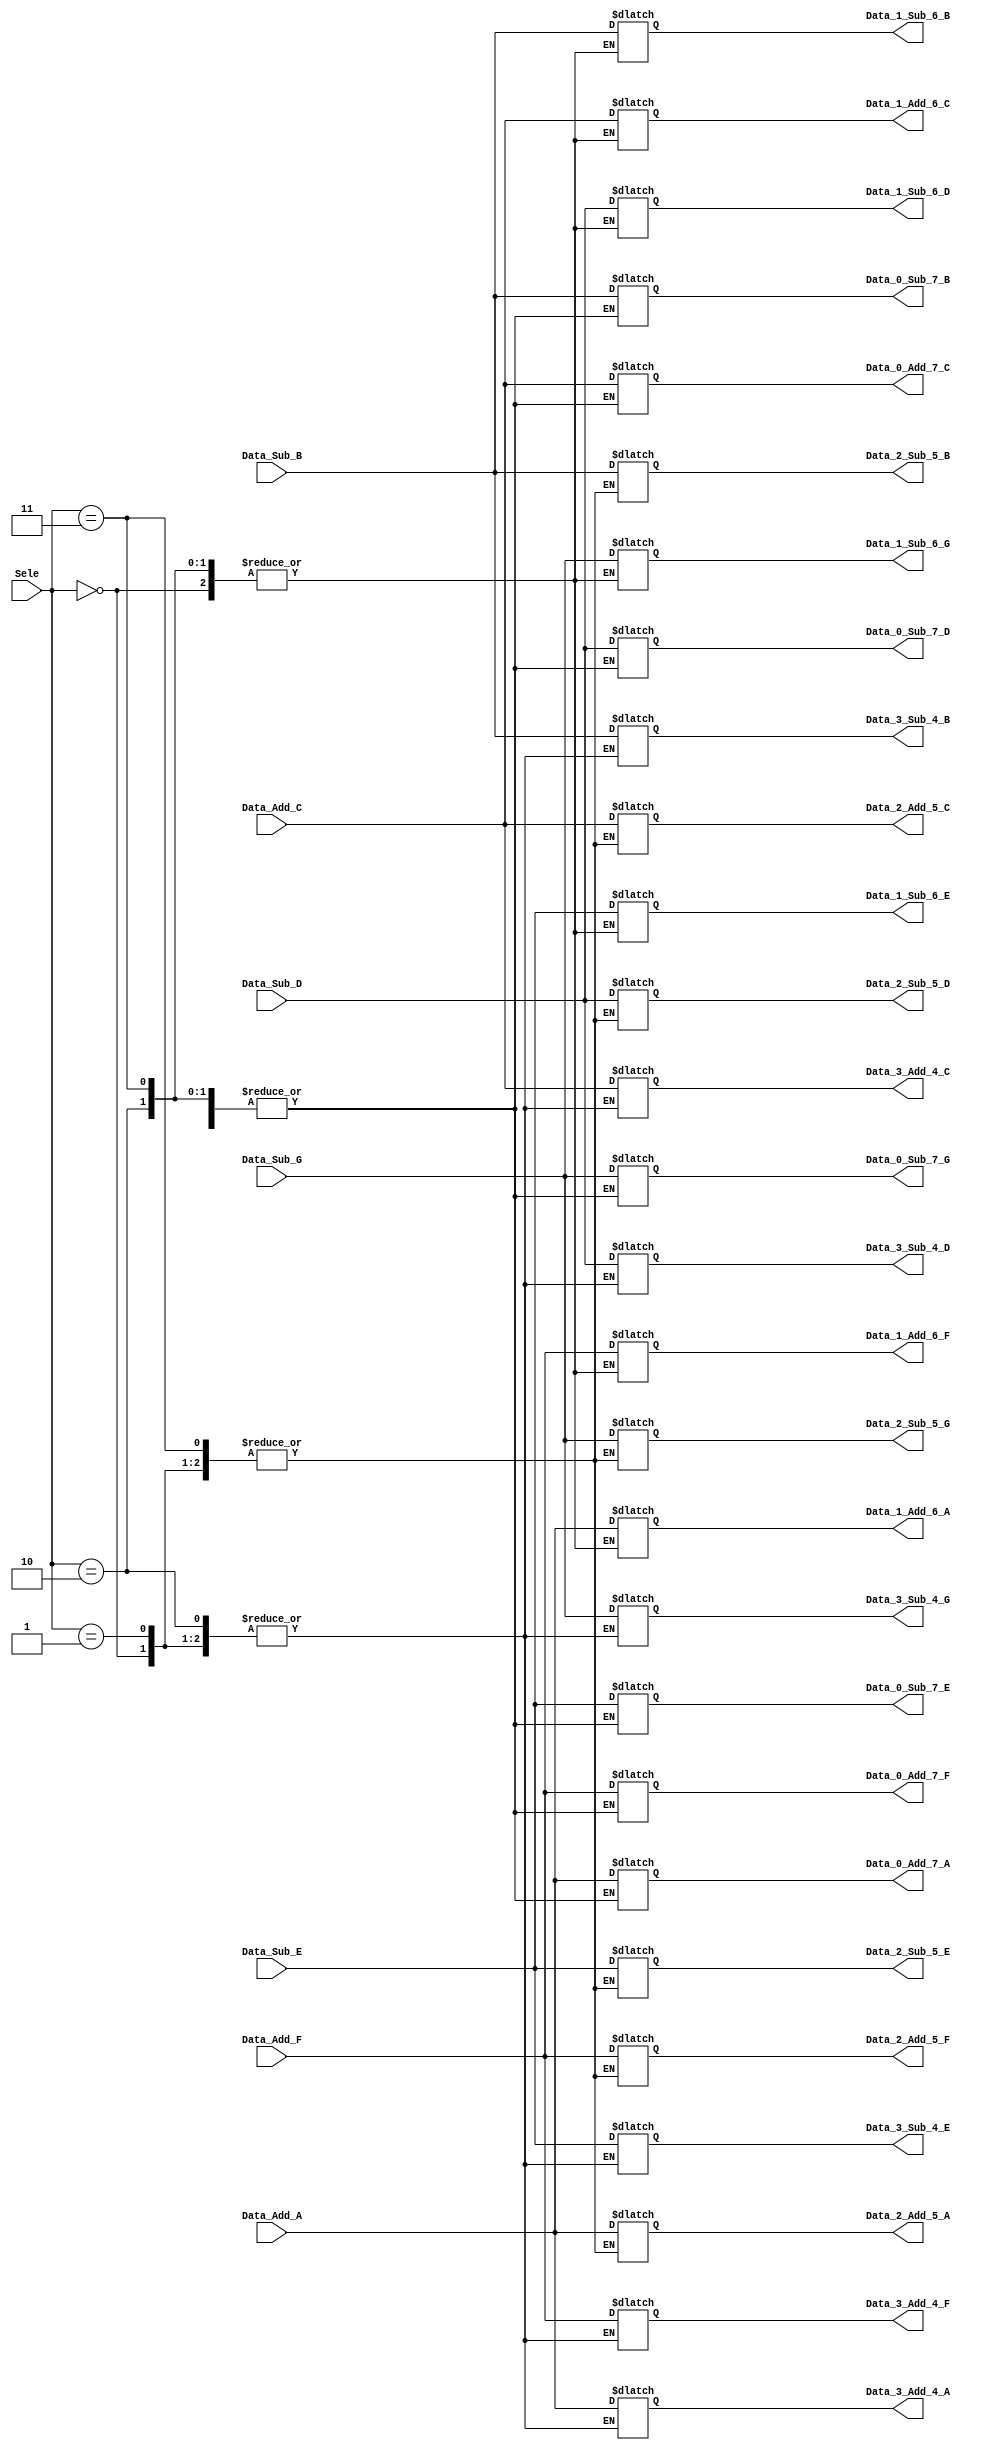
module Selector_1_to_4(
Data_Add_A,
Data_Add_C,
Data_Add_F,
Data_Sub_B,
Data_Sub_D,
Data_Sub_E,
Data_Sub_G,

Data_0_Add_7_A,
Data_0_Add_7_C,
Data_0_Add_7_F,
Data_0_Sub_7_B,
Data_0_Sub_7_D,
Data_0_Sub_7_E,
Data_0_Sub_7_G,

Data_1_Add_6_A,
Data_1_Add_6_C,
Data_1_Add_6_F,
Data_1_Sub_6_B,
Data_1_Sub_6_D,
Data_1_Sub_6_E,
Data_1_Sub_6_G,

Data_2_Add_5_A,
Data_2_Add_5_C,
Data_2_Add_5_F,
Data_2_Sub_5_B,
Data_2_Sub_5_D,
Data_2_Sub_5_E,
Data_2_Sub_5_G,

Data_3_Add_4_A,
Data_3_Add_4_C,
Data_3_Add_4_F,
Data_3_Sub_4_B,
Data_3_Sub_4_D,
Data_3_Sub_4_E,
Data_3_Sub_4_G,

Sele
);

parameter WIDTH = 8;

input [1:0] Sele;
input signed [WIDTH-1:0] Data_Add_A;
input signed [WIDTH-1:0] Data_Add_C;
input signed [WIDTH-1:0] Data_Add_F;
input signed [WIDTH-1:0] Data_Sub_B;
input signed [WIDTH-1:0] Data_Sub_D;
input signed [WIDTH-1:0] Data_Sub_E;
input signed [WIDTH-1:0] Data_Sub_G;

output signed [WIDTH-1:0] Data_0_Add_7_A;
output signed [WIDTH-1:0] Data_0_Add_7_C;
output signed [WIDTH-1:0] Data_0_Add_7_F;
output signed [WIDTH-1:0] Data_0_Sub_7_B;
output signed [WIDTH-1:0] Data_0_Sub_7_D;
output signed [WIDTH-1:0] Data_0_Sub_7_E;
output signed [WIDTH-1:0] Data_0_Sub_7_G;

output signed [WIDTH-1:0] Data_1_Add_6_A;
output signed [WIDTH-1:0] Data_1_Add_6_C;
output signed [WIDTH-1:0] Data_1_Add_6_F;
output signed [WIDTH-1:0] Data_1_Sub_6_B;
output signed [WIDTH-1:0] Data_1_Sub_6_D;
output signed [WIDTH-1:0] Data_1_Sub_6_E;
output signed [WIDTH-1:0] Data_1_Sub_6_G;

output signed [WIDTH-1:0] Data_2_Add_5_A;
output signed [WIDTH-1:0] Data_2_Add_5_C;
output signed [WIDTH-1:0] Data_2_Add_5_F;
output signed [WIDTH-1:0] Data_2_Sub_5_B;
output signed [WIDTH-1:0] Data_2_Sub_5_D;
output signed [WIDTH-1:0] Data_2_Sub_5_E;
output signed [WIDTH-1:0] Data_2_Sub_5_G;

output signed [WIDTH-1:0] Data_3_Add_4_A;
output signed [WIDTH-1:0] Data_3_Add_4_C;
output signed [WIDTH-1:0] Data_3_Add_4_F;
output signed [WIDTH-1:0] Data_3_Sub_4_B;
output signed [WIDTH-1:0] Data_3_Sub_4_D;
output signed [WIDTH-1:0] Data_3_Sub_4_E;
output signed [WIDTH-1:0] Data_3_Sub_4_G;

reg signed [WIDTH-1:0] Data_0_Add_7_A;
reg signed [WIDTH-1:0] Data_0_Add_7_C;
reg signed [WIDTH-1:0] Data_0_Add_7_F;
reg signed [WIDTH-1:0] Data_0_Sub_7_B;
reg signed [WIDTH-1:0] Data_0_Sub_7_D;
reg signed [WIDTH-1:0] Data_0_Sub_7_E;
reg signed [WIDTH-1:0] Data_0_Sub_7_G;

reg signed [WIDTH-1:0] Data_1_Add_6_A;
reg signed [WIDTH-1:0] Data_1_Add_6_C;
reg signed [WIDTH-1:0] Data_1_Add_6_F;
reg signed [WIDTH-1:0] Data_1_Sub_6_B;
reg signed [WIDTH-1:0] Data_1_Sub_6_D;
reg signed [WIDTH-1:0] Data_1_Sub_6_E;
reg signed [WIDTH-1:0] Data_1_Sub_6_G;

reg signed [WIDTH-1:0] Data_2_Add_5_A;
reg signed [WIDTH-1:0] Data_2_Add_5_C;
reg signed [WIDTH-1:0] Data_2_Add_5_F;
reg signed [WIDTH-1:0] Data_2_Sub_5_B;
reg signed [WIDTH-1:0] Data_2_Sub_5_D;
reg signed [WIDTH-1:0] Data_2_Sub_5_E;
reg signed [WIDTH-1:0] Data_2_Sub_5_G;

reg signed [WIDTH-1:0] Data_3_Add_4_A;
reg signed [WIDTH-1:0] Data_3_Add_4_C;
reg signed [WIDTH-1:0] Data_3_Add_4_F;
reg signed [WIDTH-1:0] Data_3_Sub_4_B;
reg signed [WIDTH-1:0] Data_3_Sub_4_D;
reg signed [WIDTH-1:0] Data_3_Sub_4_E;
reg signed [WIDTH-1:0] Data_3_Sub_4_G;

always@( * )
begin
    case(Sele)
        2'b00:
        begin
            Data_0_Add_7_A = Data_Add_A;
            Data_0_Add_7_C = Data_Add_C;
            Data_0_Add_7_F = Data_Add_F;
            Data_0_Sub_7_B = Data_Sub_B;
            Data_0_Sub_7_D = Data_Sub_D;
            Data_0_Sub_7_E = Data_Sub_E;
            Data_0_Sub_7_G = Data_Sub_G;
        end
        2'b01:
        begin
            Data_1_Add_6_A = Data_Add_A;
            Data_1_Add_6_C = Data_Add_C;
            Data_1_Add_6_F = Data_Add_F;
            Data_1_Sub_6_B = Data_Sub_B;
            Data_1_Sub_6_D = Data_Sub_D;
            Data_1_Sub_6_E = Data_Sub_E;
            Data_1_Sub_6_G = Data_Sub_G;
        end
        2'b10:
        begin
            Data_2_Add_5_A = Data_Add_A;
            Data_2_Add_5_C = Data_Add_C;
            Data_2_Add_5_F = Data_Add_F;
            Data_2_Sub_5_B = Data_Sub_B;
            Data_2_Sub_5_D = Data_Sub_D;
            Data_2_Sub_5_E = Data_Sub_E;
            Data_2_Sub_5_G = Data_Sub_G;
        end
        2'b11:
        begin
            Data_3_Add_4_A = Data_Add_A;
            Data_3_Add_4_C = Data_Add_C;
            Data_3_Add_4_F = Data_Add_F;
            Data_3_Sub_4_B = Data_Sub_B;
            Data_3_Sub_4_D = Data_Sub_D;
            Data_3_Sub_4_E = Data_Sub_E;
            Data_3_Sub_4_G = Data_Sub_G;
        end
        default:
            begin
            Data_0_Add_7_A = 8'b0;
            Data_0_Add_7_C = 8'b0;
            Data_0_Add_7_F = 8'b0;
            Data_0_Sub_7_B = 8'b0;
            Data_0_Sub_7_D = 8'b0;
            Data_0_Sub_7_E = 8'b0;
            Data_0_Sub_7_G = 8'b0;

            Data_1_Add_6_A = 8'b0;
            Data_1_Add_6_C = 8'b0;
            Data_1_Add_6_F = 8'b0;
            Data_1_Sub_6_B = 8'b0;
            Data_1_Sub_6_D = 8'b0;
            Data_1_Sub_6_E = 8'b0;
            Data_1_Sub_6_G = 8'b0;

            Data_2_Add_5_A = 8'b0;
            Data_2_Add_5_C = 8'b0;
            Data_2_Add_5_F = 8'b0;
            Data_2_Sub_5_B = 8'b0;
            Data_2_Sub_5_D = 8'b0;
            Data_2_Sub_5_E = 8'b0;
            Data_2_Sub_5_G = 8'b0;

            Data_3_Add_4_A = 8'b0;
            Data_3_Add_4_C = 8'b0;
            Data_3_Add_4_F = 8'b0;
            Data_3_Sub_4_B = 8'b0;
            Data_3_Sub_4_D = 8'b0;
            Data_3_Sub_4_E = 8'b0;
            Data_3_Sub_4_G = 8'b0;
            end
    endcase
end

endmodule